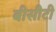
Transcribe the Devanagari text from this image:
बीसीटी